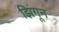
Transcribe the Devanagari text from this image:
झिंगून